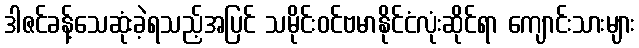
ဒါဇင်ခန့်သေဆုံးခဲ့ရသည့်အပြင် သမိုင်းဝင်ဗမာနိုင်ငံလုံးဆိုင်ရာ ကျောင်းသားများ